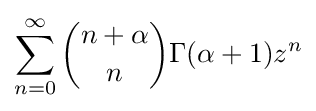
\sum _{n=0}^{\infty }{\binom {n+\alpha }{n}}\Gamma (\alpha +1)z^{n}